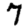
Digit: 7